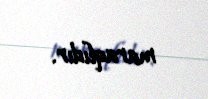
maraqlıdır.